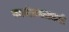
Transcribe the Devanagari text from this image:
कार्यक्रमाआधी